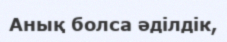
Анық болса әділдік,